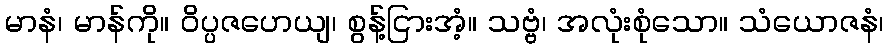
မာနံ၊ မာန်ကို။ ဝိပ္ပဇဟေယျ၊ စွန့်ငြားအံ့။ သဗ္ဗံ၊ အလုံးစုံသော။ သံယောဇနံ၊